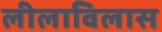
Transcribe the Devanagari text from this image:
लीलाविलास